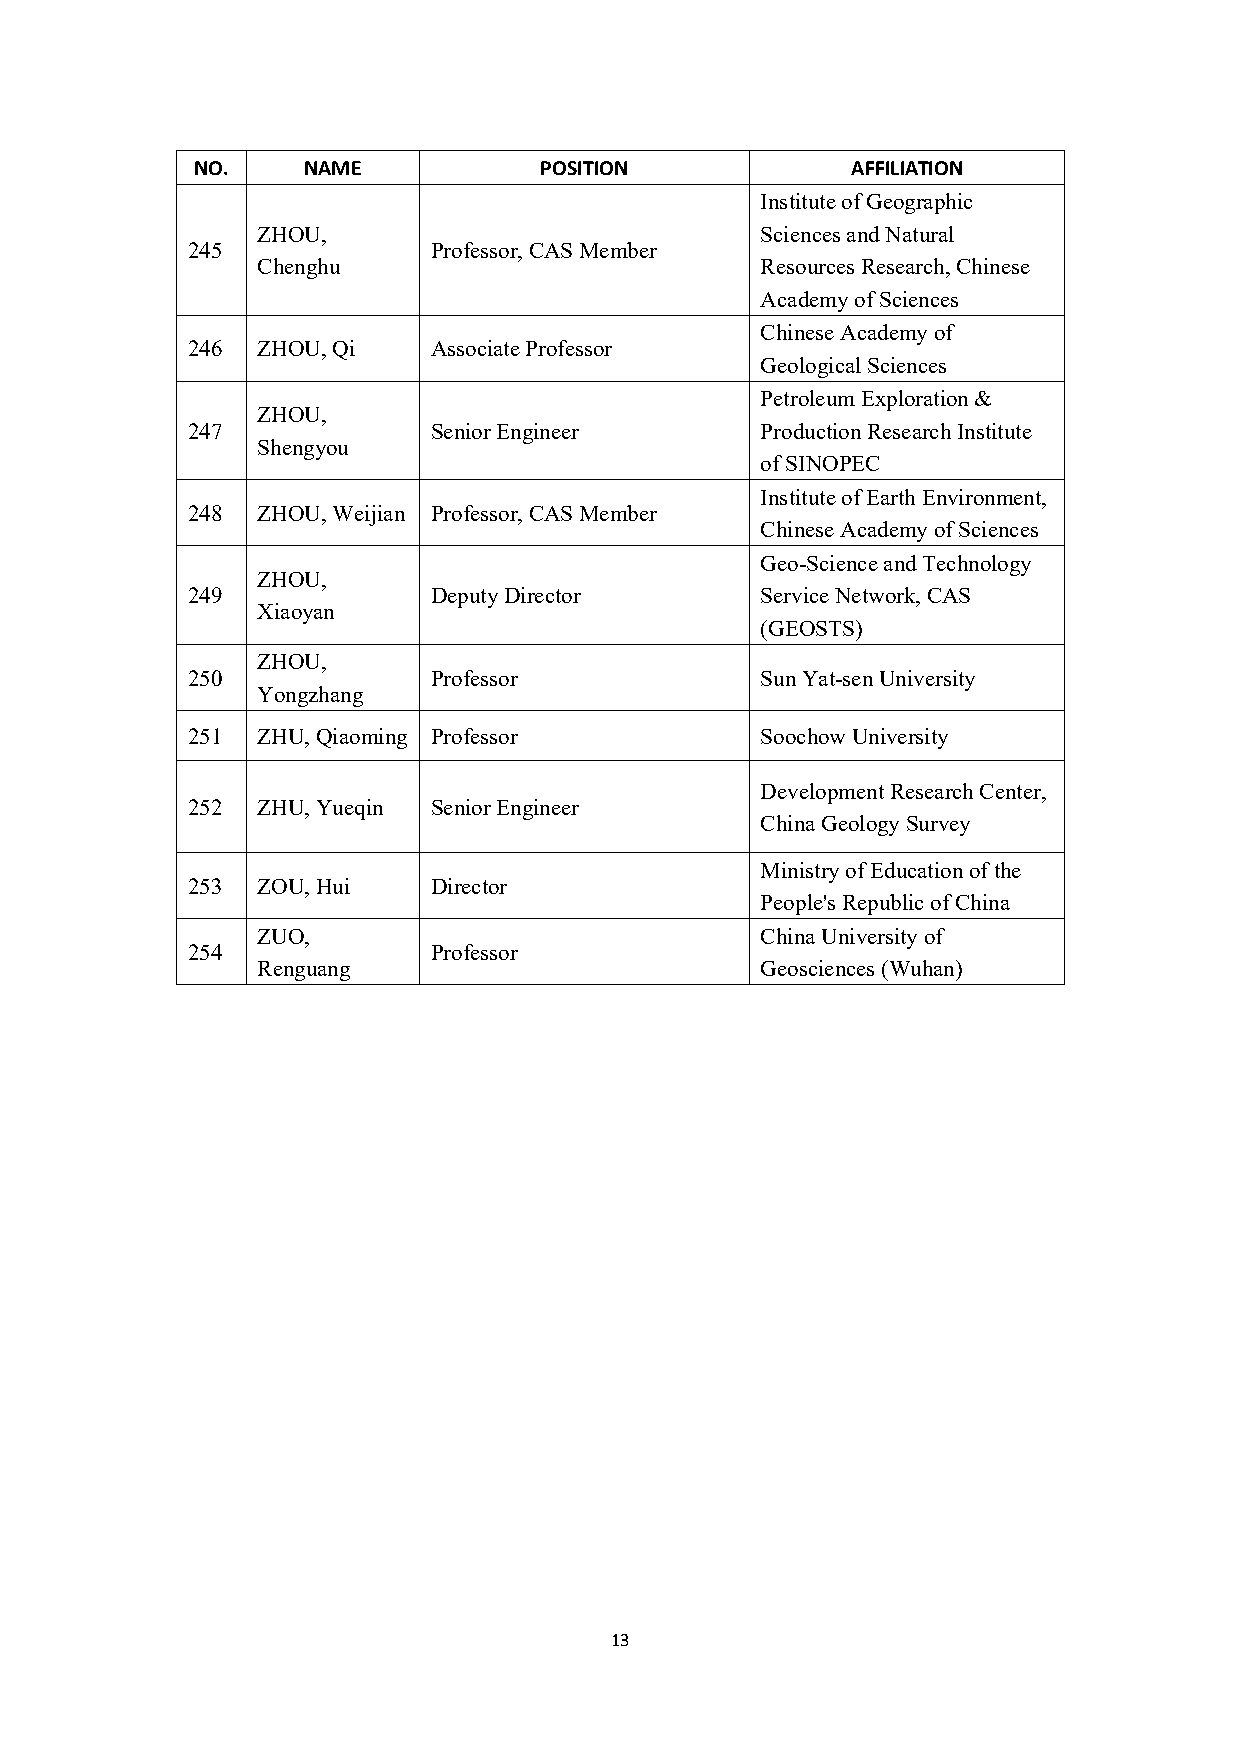
NO.    NAME            POSITION            AFFILIATION
 InstituteofGeographic
 ZHOU,                            SciencesandNatural
 245             Professor,CASMember
 Chenghu                          ResourcesResearch,Chinese
 AcademyofSciences
 ChineseAcademyof
 246  ZHOU,Qi    AssociateProfessor
 GeologicalSciences
 PetroleumExploration&
 ZHOU,
 247             SeniorEngineer        ProductionResearchInstitute
 Shengyou
 ofSINOPEC
 InstituteofEarthEnvironment,
 248  ZHOU,Weijian Professor,CASMember
 ChineseAcademyofSciences
 Geo-ScienceandTechnology
 ZHOU,
 249             DeputyDirector        ServiceNetwork,CAS
 Xiaoyan
 (GEOSTS)
 ZHOU,
 250             Professor             SunYat-senUniversity
 Yongzhang
 251  ZHU,Qiaoming Professor           SoochowUniversity
 DevelopmentResearchCenter,
 252  ZHU,Yueqin SeniorEngineer
 ChinaGeologySurvey
 MinistryofEducationofthe
 253  ZOU,Hui    Director
 People'sRepublicofChina
 ZUO,                             ChinaUniversityof
 254             Professor
 Renguang                         Geosciences(Wuhan)
 13